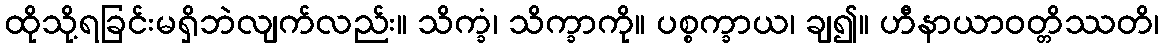
ထိုသို့ရခြင်းမရှိဘဲလျက်လည်း။ သိက္ခံ၊ သိက္ခာကို။ ပစ္စက္ခာယ၊ ချ၍။ ဟီနာယာဝတ္တိဿတိ၊